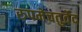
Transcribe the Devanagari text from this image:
रुपमेचतुर्वेद